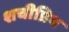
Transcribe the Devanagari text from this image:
शचीप्रिय